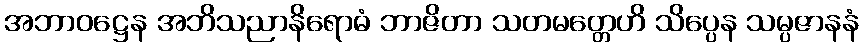
အဘာဝဋ္ဌေန အဘိသညာနိရောဓံ ဘာဇိတာ သတမတ္တေဟိ သိပ္ပေန သမ္ပဇာနနံ